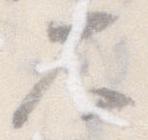
大